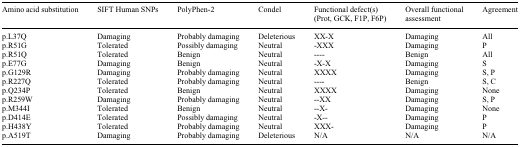
| Amino acid substitution | SIFT Human SNPs | PolyPhen-2 | Condel | Functional defect(s) (Prot, GCK, F1P, F6P) | Overall functional assessment | Agreement |
 | --- | --- | --- | --- | --- | --- | --- |
 | p.L37Q | Damaging | Probably damaging | Deleterious | XX-X | Damaging | All |
 | p.R51G | Tolerated | Possibly damaging | Neutral | -XXX | Damaging | P |
 | p.R51Q | Tolerated | Benign | Neutral | ---- | Benign | All |
 | p.E77G | Damaging | Benign | Neutral | -X-X | Damaging | S |
 | p.G129R | Damaging | Probably damaging | Neutral | XXXX | Damaging | S, P |
 | p.R227Q | Tolerated | Probably damaging | Neutral | ---- | Benign | S, C |
 | p.Q234P | Tolerated | Benign | Neutral | XXXX | Damaging | None |
 | p.R259W | Damaging | Probably damaging | Neutral | --XX | Damaging | S, P |
 | p.M344I | Tolerated | Benign | Neutral | --X- | Damaging | None |
 | p.D414E | Tolerated | Possibly damaging | Neutral | -X-- | Damaging | P |
 | p.H438Y | Tolerated | Probably damaging | Neutral | XXX- | Damaging | P |
 | p.A519T | Damaging | Probably damaging | Deleterious | N/A | N/A | N/A |